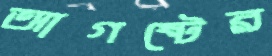
আগষ্টের